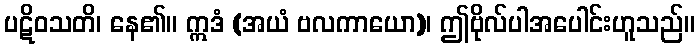
ပဋိဝသတိ၊ နေ၏။ ဣဒံ (အယံ ဗလကာယော)၊ ဤဗိုလ်ပါအပေါင်းဟူသည်။